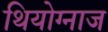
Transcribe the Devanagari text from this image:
थियोग्नाज